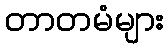
တာတမံများ